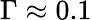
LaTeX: \Gamma\approx 0.1